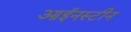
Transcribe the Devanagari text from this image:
आईनस्टीन